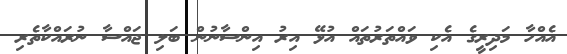
އެއްހާ މަދިރީގެ އެކި ވައްތަރުތައް އުޅޭ އިރު އިންސާނުން ބަލި ޖައްސާ ނުރައްކާތެރި